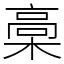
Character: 槀